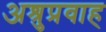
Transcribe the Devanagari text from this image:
अश्रुप्रवाह